Annual administration report of the Civil Veterinary Department of India - 1897-1898
Year: 1897
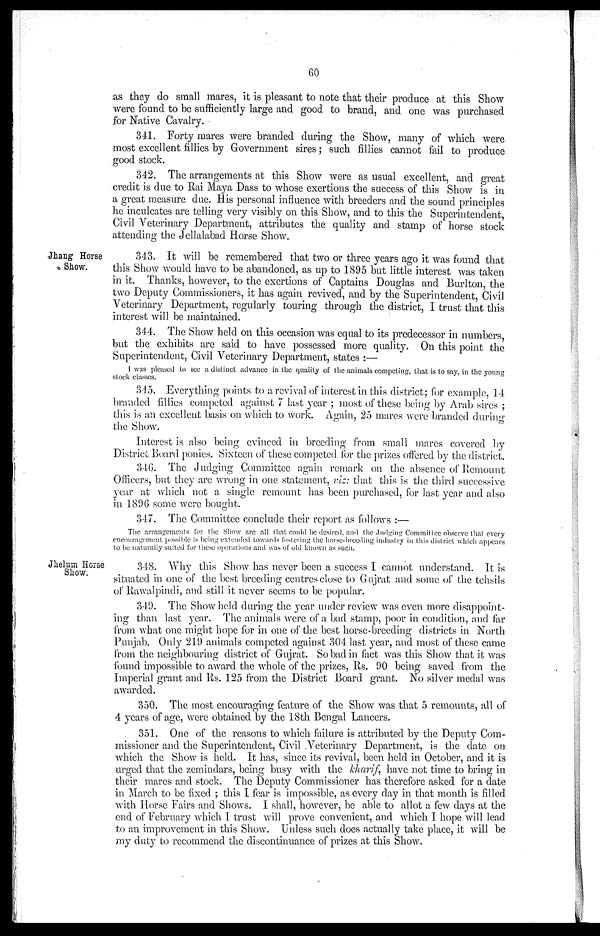
60
as they do small mares, it is pleasant to note that their produce at this Show
were found to be sufficiently large and good to brand, and one was purchased
for Native Cavalry.
341. Forty mares were branded during the Show, many of which were
most excellent fillies by Government sires; such fillies cannot fail to produce
good stock.
342. The arrangements at this Show were as usual excellent, and great
credit is due to Rai Maya Dass to whose exertions the success of this Show is in
a great measure due. His personal influence with breeders and the sound principles
he inculcates are telling very visibly on this Show, and to this the Superintendent,
Civil Veterinary Department, attributes the quality and stamp of horse stock
attending the Jellalabad Horse Show.
Jhang Horse
Show.
343. It will be remembered that two or three years ago it was found that
this Show would have to be abandoned, as up to 1895 but little interest was taken
in it. Thanks, however, to the exertions of Captains Douglas and Burlton, the
two Deputy Commissioners, it has again revived, and by the Superintendent, Civil
Veterinary Department, regularly touring through the district, I trust that this
interest will be maintained.
344. The Show held on this occasion was equal to its predecessor in numbers
but the exhibits are said to have possessed more quality. On this point the
Superintendent, Civil Veterinary Department, states:—
I was pleased to see a distinct advance in the quality of the animals competing, that is to say, in the young
stock classes.
345. Everything points to a revival of interest in this district; for example, 14
branded fillies competed against 7 last year; most of these being by Arab sires;
this is an excellent basis on which to work. Again, 25 mares were branded during
the Show.
Interest is also being evinced in breeding from small mares covered by
District Board ponies. Sixteen of these competed for the prizes offered by the district.
346. The Judging Committee again remark on the absence of Remount
Officers, but they are wrong in one statement, viz: that this is the third successive
year at which not a single remount has been purchased, for last year and also
in 1896 some were bought.
347. The Committee conclude their report as follows:—
The arrangements for the Show are all that could be desired, and the Judging Committee observe that every
encouragement possible is being extended towards fostering the horse-breeding industry in this district which appears
to be naturally suited for these operations and was of old known as such.
Jhelum Horse
Show.
348. Why this Show has never been a success I cannot understand. It is
situated in one of the best breeding centres close to Gujrat and some of the tehsils
of Rawalpindi, and still it never seems to be popular.
349. The Show held during the year under review was even more disappoint-
ing than last year. The animals were of a bad stamp, poor in condition, and far
from what one might hope for in one of the best horse-breeding districts in North.
Punjab. Only 219 animals competed against 304 last year, and most of these came
from the neighbouring district of Gujrat. So bad in fact was this Show that it was
found impossible to award the whole of the prizes, Rs. 90 being saved from the
Imperial grant and Rs. 125 from the District Board grant. No silver medal was
awarded.
350. The most encouraging feature of the Show was that 5 remounts, all of
4 years of age, were obtained by the 18th Bengal Lancers.
351. One of the reasons to which failure is attributed by the Deputy Com-
missioner and the Superintendent, Civil Veterinary Department, is the date on
which the Show is held. It has, since its revival, been held in October, and it is
urged that the zemindars, being busy with the kharif, have not time to bring in
their mares and stock. The Deputy Commissioner has therefore asked for a date
in March to be fixed; this I fear is impossible, as every day in that month is filled
with Horse Fairs and Shows. I shall, however, be able to allot a few days at the
end of February which I trust will prove convenient, and which I hope will lead
to an improvement in this Show. Unless such does actually take place, it will be
my duty to recommend the discontinuance of prizes at this Show.